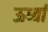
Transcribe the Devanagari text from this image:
ऊर्ध्वा